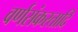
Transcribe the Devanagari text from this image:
वर्णसंकरतादि